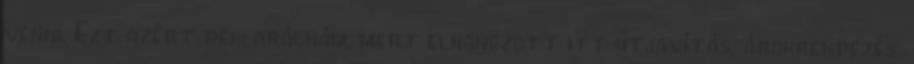
venni. Ezt azért deklarálnám, mert elhangzott itt útjavítás, árokrendezés,